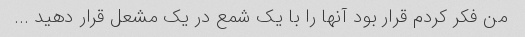
من فکر کردم قرار بود آنها را با یک شمع در یک مشعل قرار دهید ...